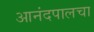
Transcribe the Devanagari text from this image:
आनंदपालचा